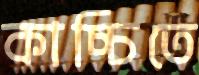
কাচ্চিতে